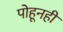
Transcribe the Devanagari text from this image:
पोहूनही